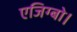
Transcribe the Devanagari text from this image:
एजिग्बो।